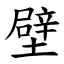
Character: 壁